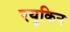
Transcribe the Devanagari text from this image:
रयुकिन